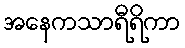
အနေကသာရီရိကာ